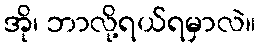
အို၊ ဘာလို့ရယ်ရမှာလဲ။